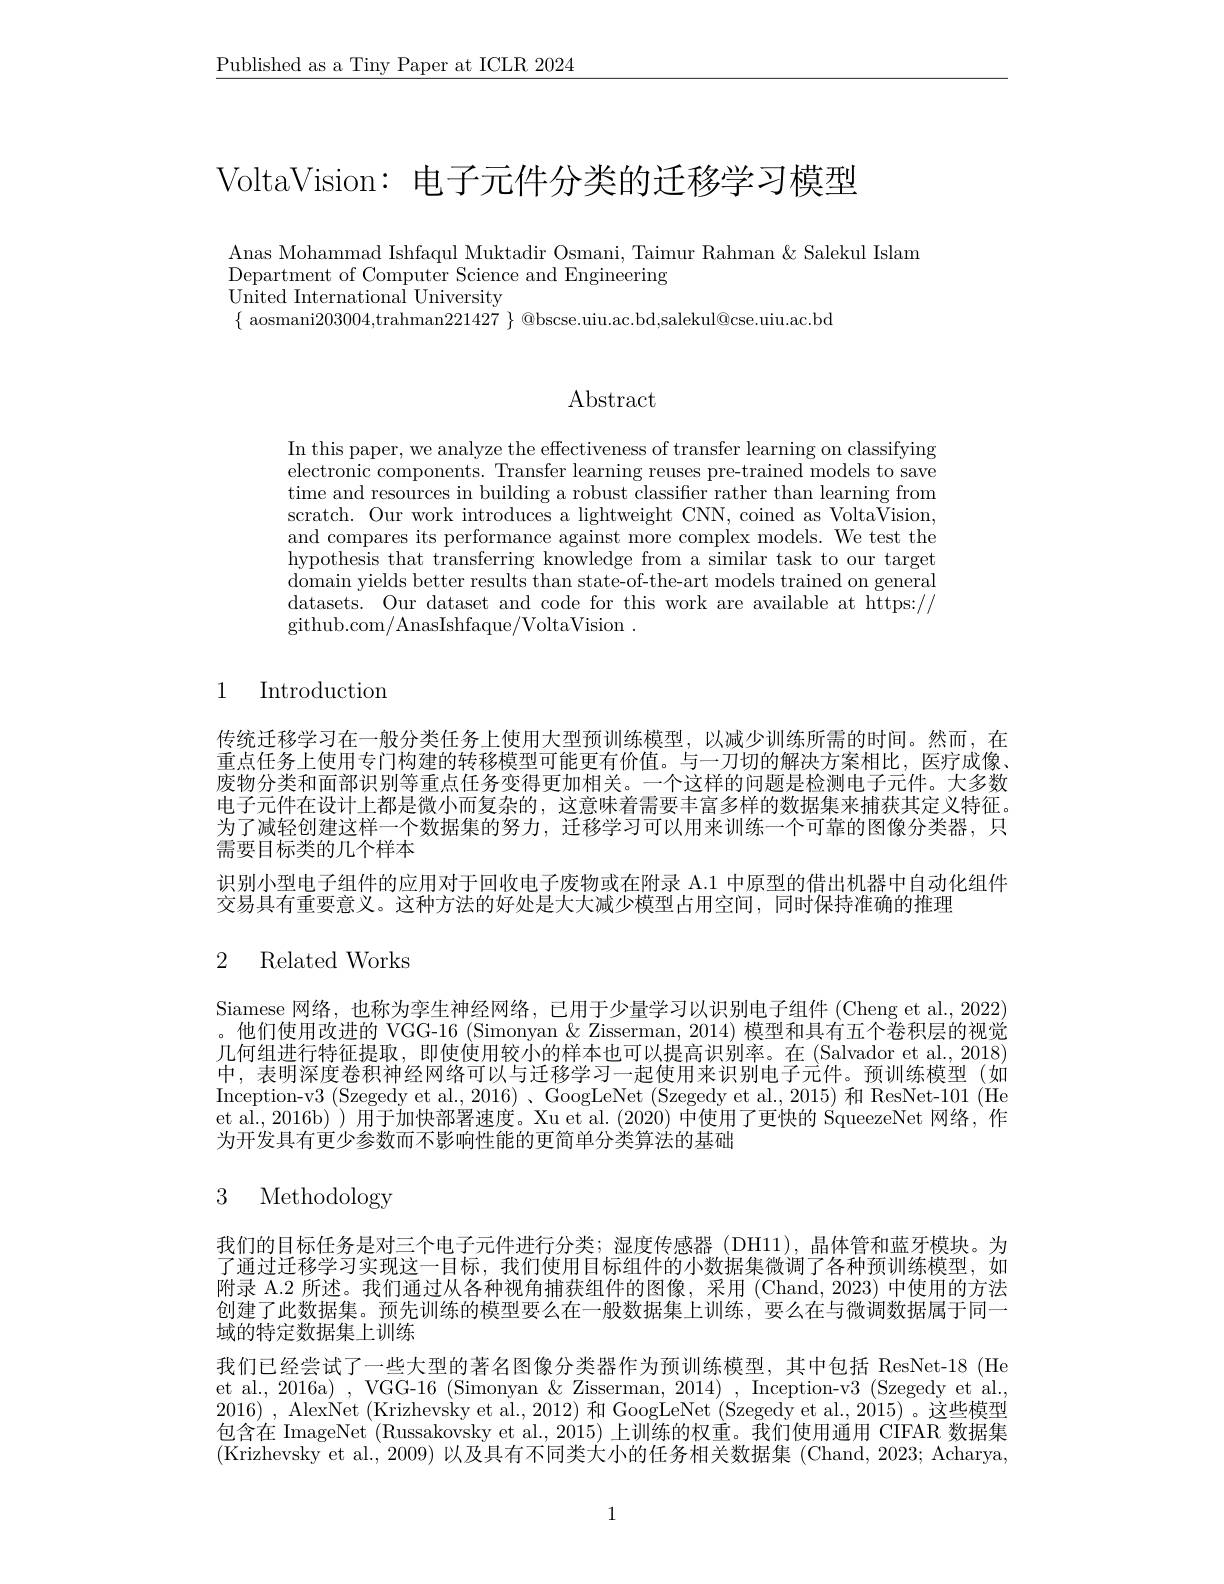
$\underline{\text{Published as a Tiny Paper at ICLR 2024}}$

VoltaVision: 电子元件分类的迁移学习模型

Anas Mohammad Ishfaqul Muktadir Osmani, Taimur Rahman & Salekul Islam
Department of Computer Science and Engineering
United International University
$\{$ aosmani203004,trahman$221427\}$ @bscse.uiu.ac.bd,salekul@cse.uiu.ac.bd

# Abstract

In this paper, we analyze the effectiveness of transfer learning on classifying electronic components. Transfer learning reuses pre-trained models to save time and resources in building a robust classifier rather than learning from scratch. Our work introduces a lightweight CNN, coined as VoltaVision, and compares its performance against more complex models. We test the hypothesis that transferring knowledge from a similar task to our target domain yields better results than state-of-the-art models trained on general datasets. Our dataset and code for this work are available at https:// github. com/ AnasIshfaque/ VoltaVision .

# 1 Introduction

传统迁移学习在一般分类任务上使用大型预训练模型，以减少训练所需的时间。然而，在重点任务上使用专门构建的转移模型可能更有价值。与一刀切的解决方案相比，医疗成像、 废物分类和面部识别等重点任务变得更加相关。一个这样的问题是检测电子元件。大多数电子元件在设计上都是微小而复杂的，这意味着需要丰富多样的数据集来捕获其定义特征。为了减轻创建这样一个数据集的努力，迁移学习可以用来训练一个可靠的图像分类器，只需要目标类的几个样本
识别小型电子组件的应用对于回收电子废物或在附录 A.1 中原型的借出机器中自动化组件
交易具有重要意义。这种方法的好处是大大减少模型占用空间，同时保持准确的推理

# 2 Related Works

Siamese 网络，也称为孪生神经网络，已用于少量学习以识别电子组件 (Cheng et al., 2022) 。他们使用改进的 VGG-16 (Simonyan & Zisserman, 2014) 模型和具有五个卷积层的视觉几何组进行特征提取，即使使用较小的样本也可以提高识别率。在(Salvador et al., 2018) 中，表明深度卷积神经网络可以与迁移学习一起使用来识别电子元件。预训练模型(如Inception-v3 (Szegedy et al., 2016) 、GoogLeNet (Szegedy et al., 2015) 和 ResNet-101 (He et al.,2016b) ) 用于加快部署速度。Xu et al. (2020) 中使用了更快的 SqueezeNet 网络，作为开发具有更少参数而不影响性能的更简单分类算法的基础

# 3 Methodology

我们的目标任务是对三个电子元件进行分类；湿度传感器 (DH11),晶体管和蓝牙模块。为了通过迁移学习实现这一目标，我们使用目标组件的小数据集微调了各种预训练模型，如附录 A.2 所述。我们通过从各种视角捕获组件的图像，采用 (Chand,2023) 中使用的方法创建了此数据集。预先训练的模型要么在一般数据集上训练，要么在与微调数据属于同一域的特定数据集上训练
我们已经尝试了一些大型的著名图像分类器作为预训练模型，其中包括 ResNet-18 (He et al., 2016a) , VGG-16 (Simonyan & Zisserman, 2014) , Inception-v3 (Szegedy et al., 2016) , AlexNet (Krizhevsky et al., 2012) 和 GoogLeNet (Szegedy et al., 2015) 。这些模型包含在 ImageNet (Russakovsky et al., 2015) 上训练的权重。我们使用通用 CIFAR 数据集(Krizhevsky et al., 2009) 以及具有不同类大小的任务相关数据集 (Chand, 2023; Acharya,

1